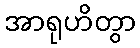
အာရုဟိတွာ